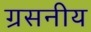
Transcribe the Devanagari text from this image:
ग्रसनीय